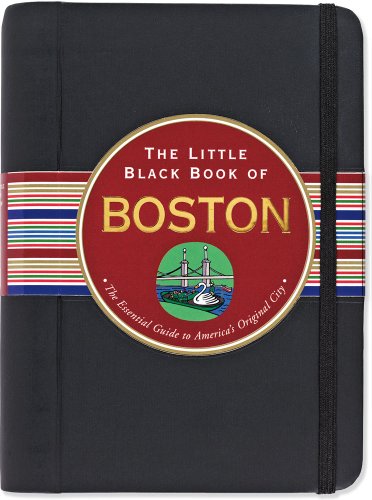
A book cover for The Little Black Book of Boston, 2013 Edition (Little Black Books (Peter Pauper Hardcover)); Maria T. Olia; Travel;